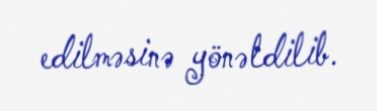
edilməsinə yönəldilib.